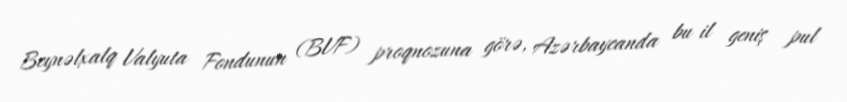
Beynəlxalq Valyuta Fondunun (BVF) proqnozuna görə, Azərbaycanda bu il geniş pul